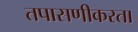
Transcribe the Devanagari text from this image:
तपासणीकरता